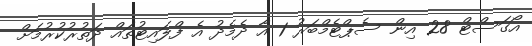
އޯގަސްޓް 28 އިން ސެޕްޓެމްބަރު 1 އާ ދެމެދު އެ ފްލައިޓުތައް ދަތުރުކުރުމަށް